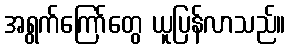
အရွက်ကြော်တွေ ယူပြန်လာသည်။